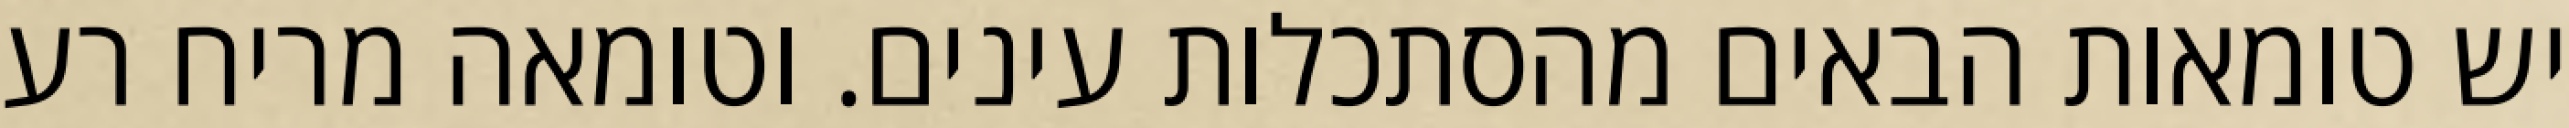
יש טומאות הבאים מהסתכלות עינים. וטומאה מריח רע